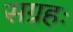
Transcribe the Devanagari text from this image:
सग्रहः